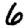
Digit: 6